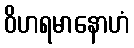
ဝိဟရမာနောဟံ